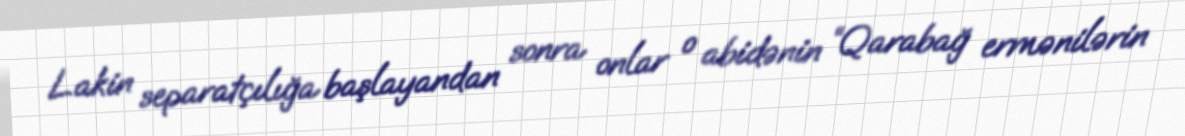
Lakin separatçılığa başlayandan sonra onlar o abidənin “Qarabağ ermənilərin